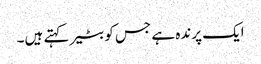
ایک پرندہ ہے جس کو بٹیر کہتے ہیں۔